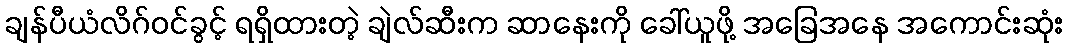
ချန်ပီယံလိဂ်ဝင်ခွင့် ရရှိထားတဲ့ ချဲလ်ဆီးက ဆာနေးကို ခေါ်ယူဖို့ အခြေအနေ အကောင်းဆုံး